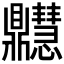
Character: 𪔊